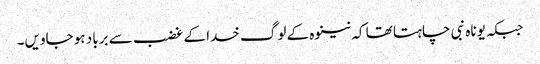
جبکہ یوناہ نبی چاہتا تھا کہ نینوہ کے لوگ خدا کے غضب سے برباد ہو جاویں۔